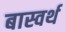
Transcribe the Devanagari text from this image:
बास्वर्थ